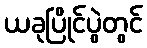
ယခုပြိုင်ပွဲတွင်